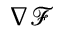
\nabla { \mathcal { F } }